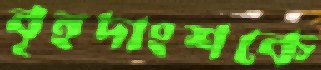
বৃহদাংশকে